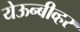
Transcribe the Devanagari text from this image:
येऊन्बीव्हर